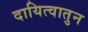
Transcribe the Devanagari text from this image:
दायित्वातुन